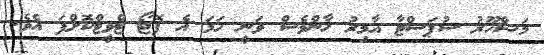
މަޝްހޫރު ސުޕަސްޓާ އާމިރު ޚާންވެސް ވަނީ ހަމަ އެ ފޮޓޯ ޓްވީޓްކޮށްފަ އެވެ.